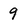
Character: 9